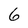
Character: 6